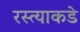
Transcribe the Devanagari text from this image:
रस्त्याकडे